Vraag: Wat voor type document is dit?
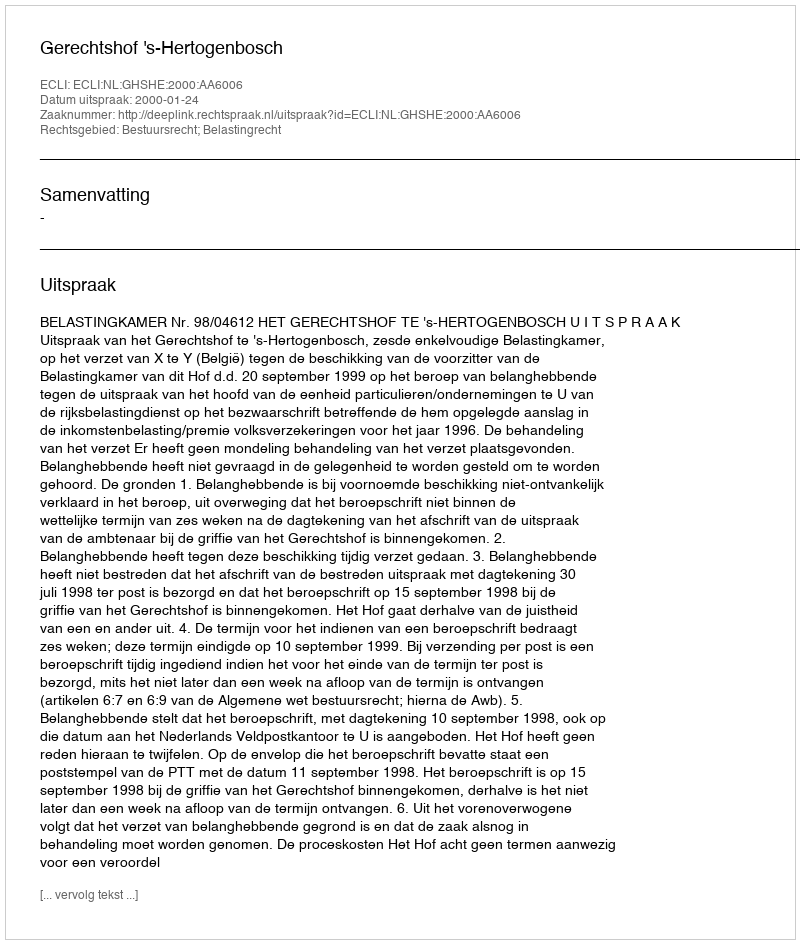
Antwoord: Uitspraak